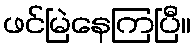
ဖင်မြဲနေကြပြီ။